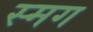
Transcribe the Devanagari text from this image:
स्मग